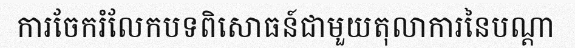
ការចែករំលែកបទពិសោធន៍ជាមួយតុលាការនៃបណ្តា